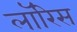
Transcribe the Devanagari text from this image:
लॉरिस